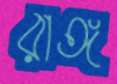
রাঙ্গ